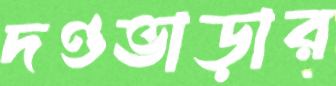
দণ্ডভাড়ার